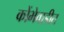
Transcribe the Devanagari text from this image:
कोंभेवाडीत